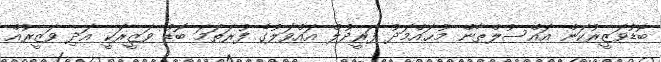
ބޮޑުވަޒީރުކަން އައްސުލްޠާން މުޙައްމަދު ފަރީދުލް އައްވަލުގެ ފުރަތަމަ ބޮޑު ވަޒީރަކީ އަދި ވަޒީރުއް